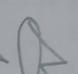
Signature authenticity: forged